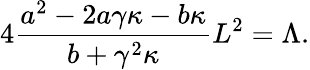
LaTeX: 4\frac{a^{2}-2a\gamma\kappa-b\kappa}{b+\gamma^{2}\kappa}L^{2}=\Lambda.